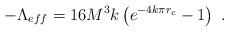
LaTeX: \begin{align*}-\Lambda_{eff}=16M^{3}k\left(e^{-4k\pi r_{c}}-1\right)\ .\end{align*}